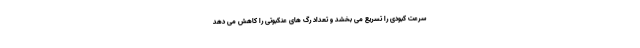
سرعت کبودی را تسریع می بخشد و تعداد رگ های عنکبوتی را کاهش می دهد